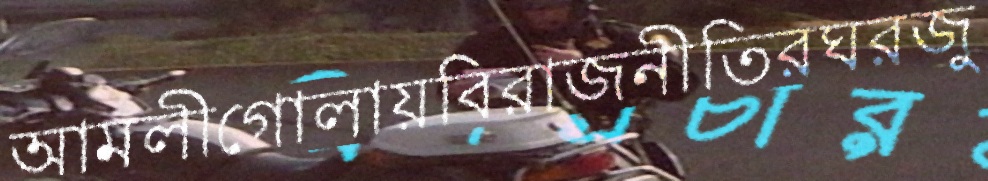
আমলীগোলায়বিরাজনীতিরঘরজু